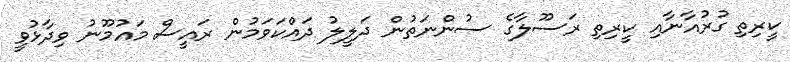
ކީރިތި ގުރުއާނާއި ކީރިތި ރަސޫލާގެ ސުންނަތުން ދަލީލު ދައްކަވަމުން ރައީސް މައުމޫނު ވިދާޅުވީ